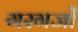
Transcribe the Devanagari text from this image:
गरगजों